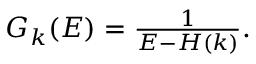
\begin{array} { r } { G _ { k } ( E ) = \frac { 1 } { E - H ( k ) } . } \end{array}